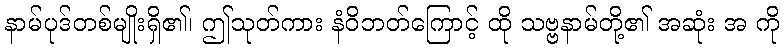
နာမ်ပုဒ်တစ်မျိုးရှိ၏၊ ဤသုတ်ကား နံဝိဘတ်ကြောင့် ထို သဗ္ဗနာမ်တို့၏ အဆုံး အ ကို